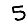
Digit: 5